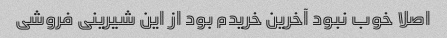
اصلا خوب نبود آخرین خریدم بود از این شیرینی فروشی